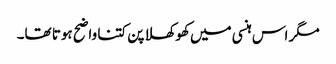
مگر اس ہنسی میں کھوکھلا پن کتنا واضح ہوتا تھا۔